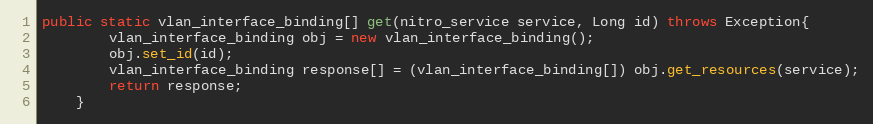
Language: Java
public static vlan_interface_binding[] get(nitro_service service, Long id) throws Exception{
		vlan_interface_binding obj = new vlan_interface_binding();
		obj.set_id(id);
		vlan_interface_binding response[] = (vlan_interface_binding[]) obj.get_resources(service);
		return response;
	}